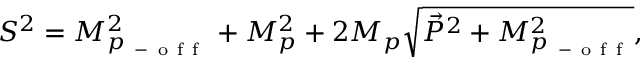
S ^ { 2 } = M _ { p _ { \mathrm { ~ - ~ o ~ f ~ f ~ } } } ^ { 2 } + M _ { p } ^ { 2 } + 2 M _ { p } \sqrt { \vec { P } ^ { 2 } + M _ { p _ { \mathrm { ~ - ~ o ~ f ~ f ~ } } } ^ { 2 } } ,